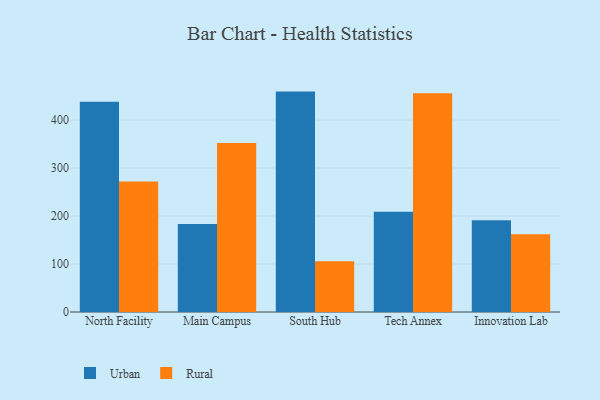
{"axis": {"x": "Campus", "y": "Website Visitors"}, "legend": ["Rural", "Urban"], "data": [{"x": "North Facility", "y": 438.2, "type": "Urban"}, {"x": "North Facility", "y": 271.8, "type": "Rural"}, {"x": "Main Campus", "y": 183.5, "type": "Urban"}, {"x": "Main Campus", "y": 352.1, "type": "Rural"}, {"x": "South Hub", "y": 459.3, "type": "Urban"}, {"x": "South Hub", "y": 105.7, "type": "Rural"}, {"x": "Tech Annex", "y": 209.1, "type": "Urban"}, {"x": "Tech Annex", "y": 455.8, "type": "Rural"}, {"x": "Innovation Lab", "y": 191.2, "type": "Urban"}, {"x": "Innovation Lab", "y": 161.8, "type": "Rural"}]}